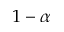
1 - \alpha